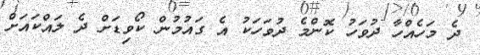
ދެ މަހެއްހާ ދުވަހު ކޮންމެ ދުވަހަކު އެ ގައުމުން ކޯވިޑަށް ދެ ލައްކައަށް